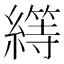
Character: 𦅯